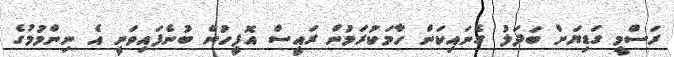
ރަސްމީ ގަޑިޔަށް ބަދަލު ގެނައިކަން ހާމަކުރަމުން ރައީސް އޮފީހުން ބުނެފައިވަނީ އެ ނިންމުމުގެ